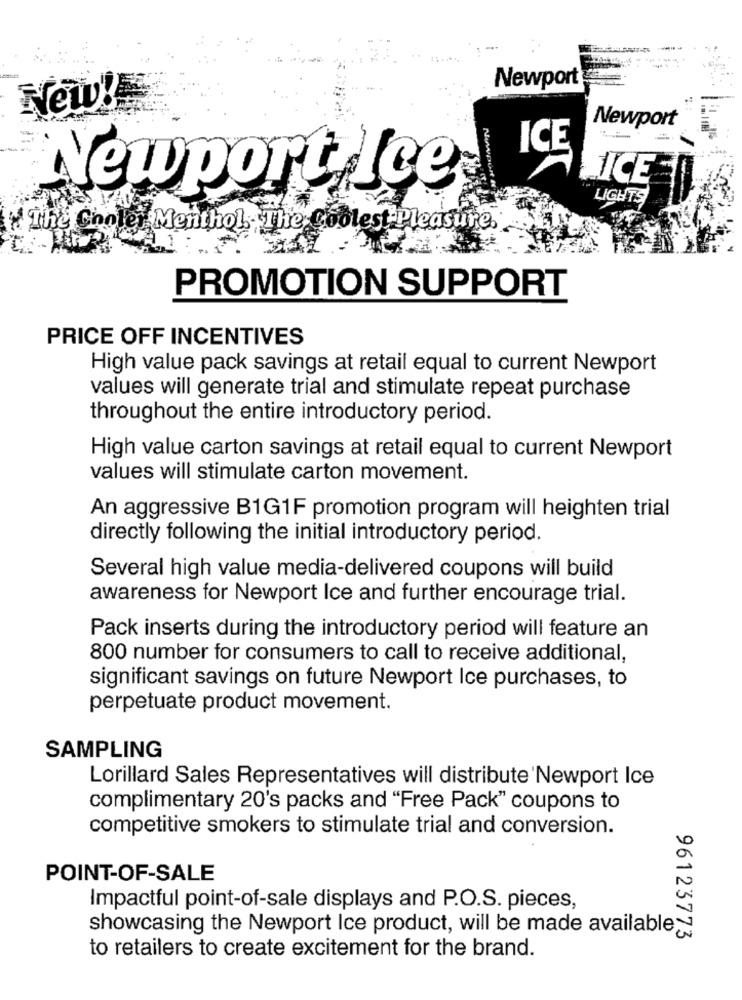
Newport
New!
Newport
ICE
Nowpor
Newport Ice
JICE
LIGHTS
" The Choler Menthol. The Coolest Pleasure.
PROMOTION SUPPORT
PRICE OFF INCENTIVES
High value pack savings at retail equal to current Newport
values will generate trial and stimulate repeat purchase
throughout the entire introductory period.
High value carton savings at retail equal to current Newport
values will stimulate carton movement.
An aggressive B1G1F promotion program will heighten trial
directly following the initial introductory period.
Several high value media-delivered coupons will build
awareness for Newport Ice and further encourage trial.
Pack inserts during the introductory period will feature an
800 number for consumers to call to receive additional,
significant savings on future Newport Ice purchases, to
perpetuate product movement.
SAMPLING
Lorillard Sales Representatives will distribute Newport Ice
complimentary 20's packs and "Free Pack" coupons to
competitive smokers to stimulate trial and conversion.
POINT-OF-SALE
Impactful point-of-sale displays and P.O.S. pieces,
showcasing the Newport Ice product, will be made available;
96123773
to retailers to create excitement for the brand.